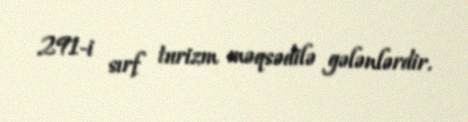
291-i sırf turizm məqsədilə gələnlərdir.